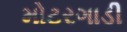
મોટરગાડી